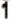
1